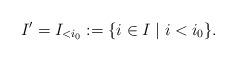
LaTeX: \begin{align*}I'=I_{<i_0}:=\{i\in I\mid i<i_0\}.\end{align*}